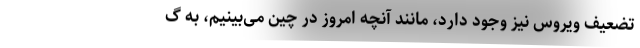
تضعیف ویروس نیز وجود دارد، مانند آنچه امروز در چین می‌بینیم، به گ